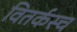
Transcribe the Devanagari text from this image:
वितर्कस्च